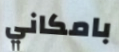
بامكاني